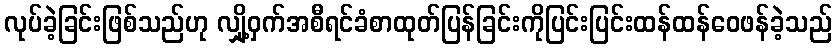
လုပ်ခဲ့ခြင်းဖြစ်သည်ဟု လျှို့ဝှက်အစီရင်ခံစာထုတ်ပြန်ခြင်းကိုပြင်းပြင်းထန်ထန်ဝေဖန်ခဲ့သည်